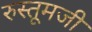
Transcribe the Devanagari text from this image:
रुस्तूमजी